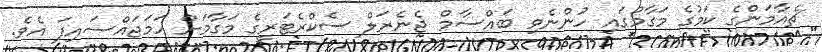
ޗެއާމަންގެ ކަމުގެ މަގާމުގައި ހުންނެވި ބައްސާމް ޖެނެރަލް ސެކްރެޓަރީގެ މަގާމަށް ހަމަޖައްސައިފަ އެވެ.